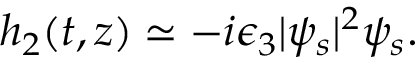
\begin{array} { r } { h _ { 2 } ( t , z ) \simeq - i \epsilon _ { 3 } | \psi _ { s } | ^ { 2 } \psi _ { s } . } \end{array}